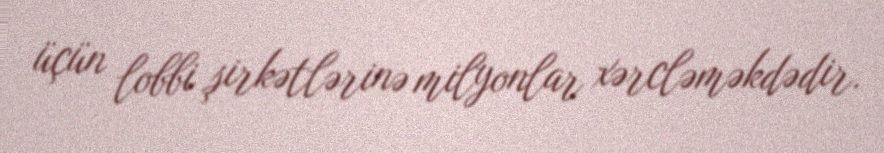
üçün lobbi şirkətlərinə milyonlar xərcləməkdədir.